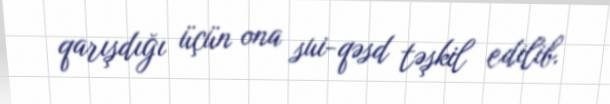
qarışdığı üçün ona sui-qəsd təşkil edilib.